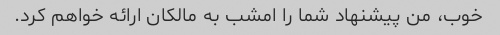
خوب، من پیشنهاد شما را امشب به مالکان ارائه خواهم کرد.